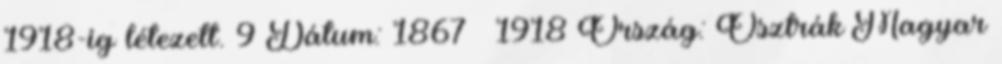
1918-ig létezett. 9 Dátum: 1867 – 1918 Ország: Osztrák–Magyar